Annual administration report of the Civil Veterinary Department of India - 1897-1898
Year: 1897
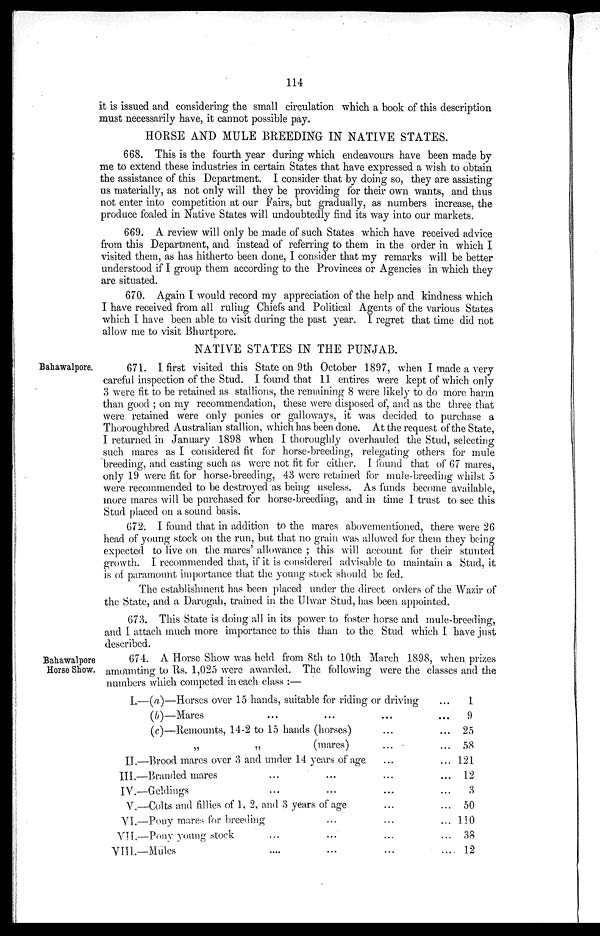
114
it is issued and considering the small circulation which a book of this description
must necessarily have, it cannot possible pay.
HORSE AND MULE BREEDING IN NATIVE STATES.
668. This is the fourth year during which endeavours have been made by
me to extend these industries in certain States that have expressed a wish to obtain
the assistance of this Department. I consider that by doing so, they are assisting
us materially, as not only will they be providing for their own wants, and thus
not enter into competition at our Fairs, but gradually, as numbers increase, the
produce foaled in Native States will undoubtedly find its way into our markets.
669. A review will only be made of such States which have received advice
from this Department, and instead of referring to them in the order in which I
visited them, as has hitherto been done, I consider that my remarks will be better
understood if I group them according to the Provinces or Agencies in which they
are situated.
670. Again I would record my appreciation of the help and kindness which
I have received from all ruling Chiefs and Political Agents of the various States
which I have been able to visit during the past year. I regret that time did not
allow me to visit Bhurtpore.
NATIVE STATES IN THE PUNJAB.
Bahawalpore.
671. I first visited this State on 9th October 1897, when I made a very
careful inspection of the Stud. I found that 11 entires were kept of which only
3 were fit to be retained as stallions, the remaining 8 were likely to do more harm
than good; on my recommendation, these were disposed of, and as the three that
were retained were only ponies or galloways, it was decided to purchase a
Thoroughbred Australian stallion, which has been done. At the request of the State,
I returned in January 1898 when I thoroughly overhauled the Stud, selecting
such mares as I considered fit for horse-breeding, relegating others for mule
breeding, and casting such as were not fit for either. I found that of 67 mares,
only 19 were fit for horse-breeding, 43 were retained for mule-breeding whilst 5
were recommended to be destroyed as being useless. As funds become available,
more mares will be purchased for horse-breeding, and in time I trust to see this
Stud placed on a sound basis.
672. I found that in addition to the mares abovementioned, there were 26
head of young stock on the run, but that no grain was allowed for them they being
expected to live on the mares' allowance; this will account ffor their stunted
growth. I recommended that, if it is considered advisable to maintain a Stud, it
is of paramount importance that the young stock should be fed.
The establishment has been placed under the direct orders of the Wazir of
the State, and a Darogah, trained in the Ulwar Stud, has been appointed.
673. This State is doing all in its power to foster horse and mule-breeding,
and I attach much more importance to this than to the Stud which I have just
deseribed.
Bahawalpore
Horse Show.
674. A Horse Show was held from 8th to 10th March 1898, when prizes
amounting to Rs. 1,025 were awarded. The following were the classes and the
numbers which competed in each class :—
I.—(a)—Horses over 15 hands, suitable for riding or driving...
(b)—Mares............
(c)—Remounts, 14-2 to 15 hands (horses)......
„
„
(mares) ... ...
II.—Brood mares over 3 and under 14 years of age......
III.—Branded
mares............
IV.—Geldings
...
...
......
V.—Colts and fillies of 1, 2, and 3 years of age...
VI.—Pony mares for
breeding
...
...
...
...
VII.—Pony young stock
...
...
...
...
VIII.—Mules
....
...
...
1
9
25
58
121
12
3
50
110
38
12